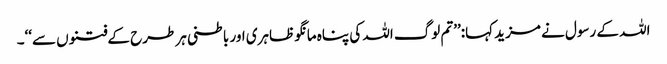
اللہ کے رسول نے مزید کہا:’’تم لوگ اللہ کی پناہ مانگو ظاہری اور باطنی ہر طرح کے فتنوں سے‘‘۔